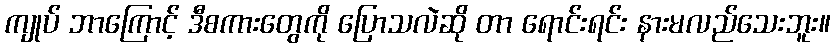
ကျုပ် ဘာကြောင့် ဒီစကားတွေကို ပြောသလဲဆို တာ ရောင်းရင်း နားမလည်သေးဘူး။